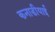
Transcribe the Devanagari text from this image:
कनाडीयाई